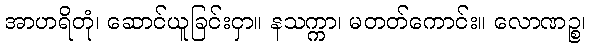
အာဟရိတုံ၊ ဆောင်ယူခြင်းငှာ။ နသက္ကာ၊ မတတ်ကောင်း။ လောဏဉ္စ၊